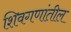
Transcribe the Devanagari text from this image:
शिवगणांतील